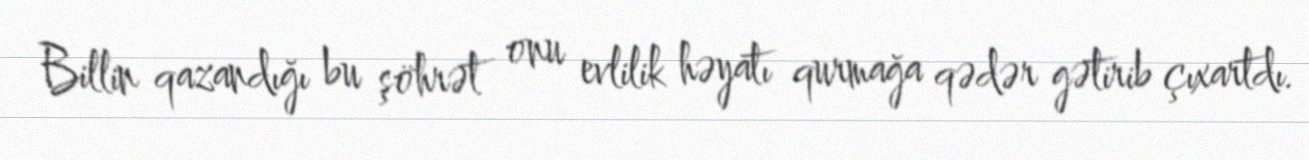
Billin qazandığı bu şöhrət onu evlilik həyatı qurmağa qədər gətirib çıxartdı.